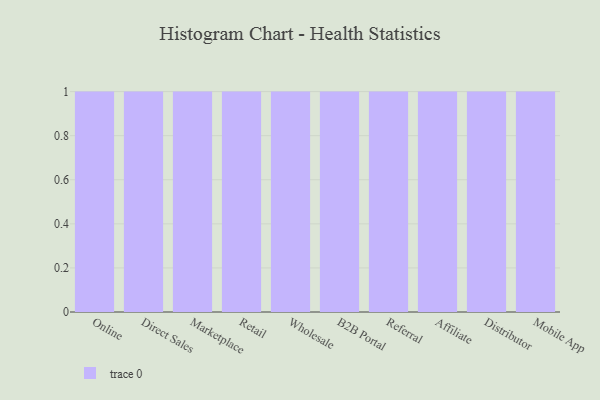
{"axis": {"x": "Channel", "y": "Page Views"}, "legend": [""], "data": [{"x": "Online", "y": 26, "type": ""}, {"x": "Direct Sales", "y": 30, "type": ""}, {"x": "Marketplace", "y": 85, "type": ""}, {"x": "Retail", "y": 20, "type": ""}, {"x": "Wholesale", "y": 3, "type": ""}, {"x": "B2B Portal", "y": 98, "type": ""}, {"x": "Referral", "y": 65, "type": ""}, {"x": "Affiliate", "y": 58, "type": ""}, {"x": "Distributor", "y": 44, "type": ""}, {"x": "Mobile App", "y": 11, "type": ""}]}